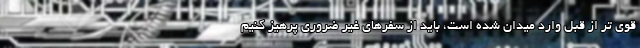
قوی تر از قبل وارد میدان شده است، باید از سفرهای غیر ضروری پرهیز کنیم